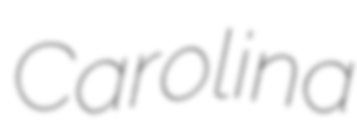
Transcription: Carolina